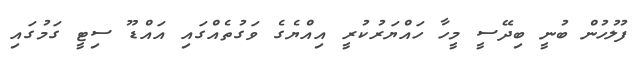
ފުލުހުން ބުނީ ބިދޭސީ މީހާ ހައްޔަރުކުރީ އިއްޔެގެ ވަގުތެއްގައި އައްޑޫ ސިޓީ ގަމުގައި